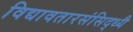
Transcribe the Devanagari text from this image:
विद्यावतारसंसिद्ध्यै